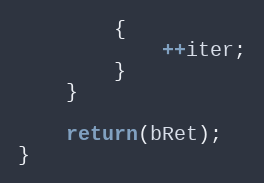
Language: C++
		{
			++iter;
		}
	}

	return(bRet);
}